Vaccination in the Punjab 1883-1896 - 1883-1896
Year: 1883
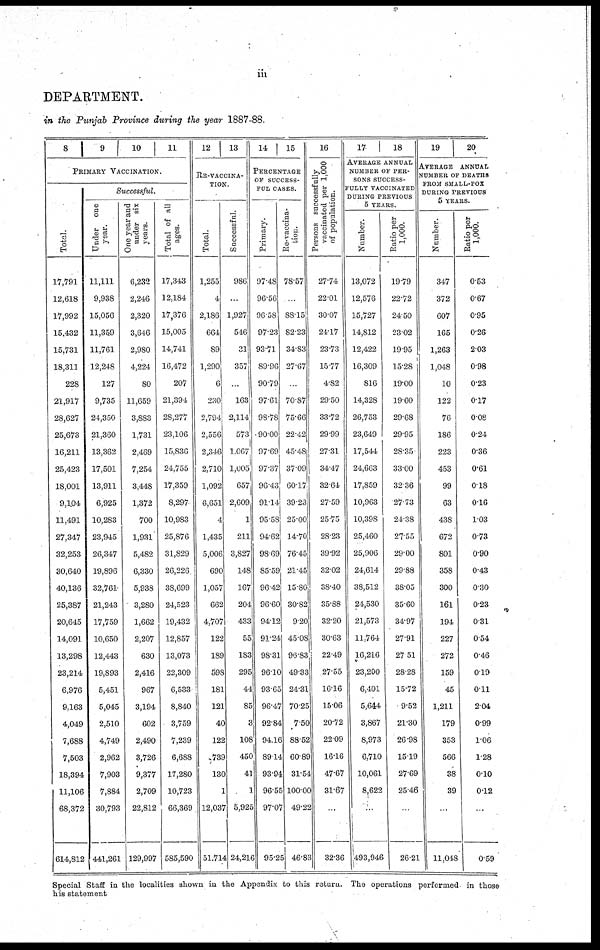
iii
DEPARTMENT.
in the Punjab Province during the year 1887-88.
8 9 10 11
PRIMARY VACCINATION.
Total.
17,791
12,618
17,992
15,432
15,731
18,311
228
21,917
28,627
25,673
16,211
25,423
18,001
9,104
11,491
27,347
32,253
30,640
40,136
25,387
20,645
14,091
13,298
23,214
6,976
9,163
4,049
7,688
7,503
18,394
11,106
68,372
614,812
Successful.
Under one
year.
11,111
9,938
15,056
11,359
11,761
12,248
127
9,735
24,350
21,360
13,362
17,501
13,911
6,925
10,283
23,945
26,347
19,896
32,761
21,243
17,759
10,650
12,443
19,893
5,451
5,045
2,510
4,749
2,962
7,903
7,884
30,793
441,261
One year and
under six
years.
6,232
2,246
2,320
3,646
2,980
4,224
80
11,659
3,883
1,731
2,469
7,254
3,448
1,372
700
1,931
5,482
6,330
5,938
3,280
1,662
2,207
630
2,416
967
3,194
602
2,490
3,726
9,377
2,709
22,812
129,997
Total of all
ages.
17,343
12,184
17,376
15,005
14,741
16,472
207
21,394
28,277
23,106
15,836
24,755
17,359
8,297
10,983
25,876
31,829
26,226
38,699
24,523
19,432
12,857
13,073
22,309
6,533
8,840
3,759
7,239
6,688
17,280
10,723
66,369
585,590
12
13
RE-VACCINA-
----.
Total.
1,255
4
2,186
664
89
1,290
6
230
2,794
2,556
2,346
2,710
1,092
6,651
4
1,435
5,006
690
1,057
662
4,707
122
189
598
181
121
40
122
739
130
1
12,037
51,714
Successful
986
...
1,927
546
31
357
...
163
2,114
573
1,067
1,005
657
2,609
1
211
3,827
148
167
204
433
55
183
295
44
85
3
108
450
41
1
5,925
24,216
14
15
PERCENTAGE
OF SUCCESS-
--- CASES.
Primary.
97.48
96.56
96.58
97.23
93.71
89.96
90.79
97.61
98.78
90.00
97.69
97.37
96.43
91.14
95.58
94.62
98.69
85.59
96.42
96.60
94.12
91.24
98.31
96.10
93.65
96.47
92.84
94.16
89.14
93.94
96. 55
97.07
95.25
Re-vaccina¬
tion.
78.57
...
88.15
82.23
34.83
27.67
...
70.87
75.66
22.42
45.48
37.09
60.17
39.23
25.00
14.70
76.45
21.45
15.80
30.82
9.20
45.08
96.83
49.33
24.31
70.25
7.50
88.52
60.89
31.54
100.00
49.22
46.83
16
Persons successfully
vaccinated per 1,000
of population.
27.74
22.01
30.07
24.17
23.73
15.77
482
29.50
33.72
29.99
27.31
34.47
32.64
27.59
25.75
28.23
39.92
32.02
38.40
35.88
32.20
30.63
22.49
27.55
16.16
15.06
20.72
22.09
16.16
47.67
31.67
...
32.36
17
18
AVERAGE ANNUAL
NUMBER OF PER-
---- SUCCESS-
----- VACCINATED
DURING PREVIOUS
5 YEARS.
Number.
13,072
12,576
15,727
14,812
12,422
16,309
816
14,328
26,753
23,649
17,544
24,663
17,859
10,963
10,398
25,460
25,906
24,614
38,512
24,530
21,573
11,764
16,216
23,200
6,401
5,644
3,867
8,973
6,710
10,061
8,622
...
493,946
Ratio per
1,000.
19.79
22.72
24.50
23.02
19.95
15.28
19.00
19.60
29.68
29.95
28.35
33.00
32.36
27.73
24.38
27.55
29.00
29.88
38.05
35.60
34.97
27.91
27.51
28.28
15.72
9.52
21.30
26.98
15.19
27.69
25.46
...
26.21
19
20
AVERAGS ANNUAL
NUMBER OF DEATHS
FROM SAMLL-POX
DURING PREVIOUS
5 YEARS.
Number.
347
372
607
165
1,263
1,048
10
122
76
186
223
453
99
63
438
672
801
358
300
161
194
227
272
159
45
1,211
179
353
566
38
39
...
11,048
Ratio per
1,000.
0.53
0.67
0.95
0.26
2.03
0.98
0.23
0.17
0.08
0.24
0.36
0.61
0.18
0.16
1.03
0.73
0.90
0.43
0.30
0.23
0.31
0.54
0.46
0.19
0.11
2.04
0.99
1.06
1.28
0.10
0.12
...
0.59
Special Staff in the localities Shown in the Appendix to this return. The operations performed in those
his statement